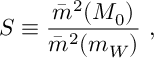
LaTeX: S \equiv \frac { \bar { m } ^ { 2 } ( M _ { 0 } ) } { \bar { m } ^ { 2 } ( m _ { W } ) } \ ,